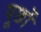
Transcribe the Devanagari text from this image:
पूछों